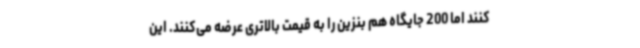
کنند اما 200 جایگاه هم بنزین را به قیمت بالاتری عرضه می‌کنند. این